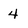
Character: 4